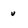
Character: v